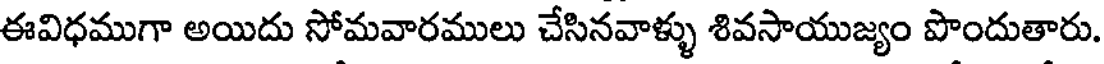
ఈవిధముగా అయిదు సోమవారములు చేసినవాళ్ళు శివసాయుజ్యం పొందుతారు.